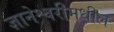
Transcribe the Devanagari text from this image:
ज्ञानेश्वरीमधील